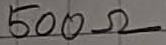
Text: 500Ω